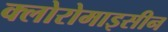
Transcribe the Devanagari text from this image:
क्लोरोमाइसीन